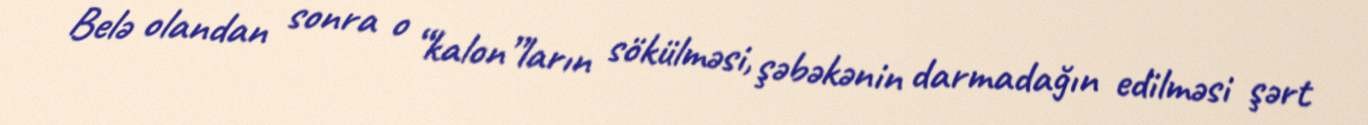
Belə olandan sonra o “kalon”ların sökülməsi, şəbəkənin darmadağın edilməsi şərt